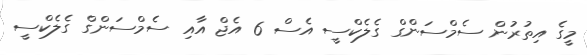
މީގެ އިތުރުން ސެމްސަންގް ގެލެކްސީ އެސް 6 އެޖް އާއި ސެމްސަންގް ގެލެކްސީ